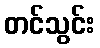
တင်သွင်း